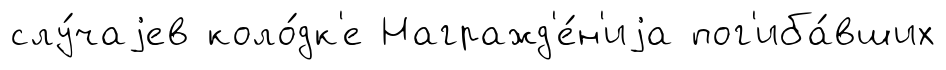
слу́чаjев коло́дк'е Награжд'е́н'иjа пог'иба́вших